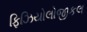
ફિઝિયોલોજીકલ